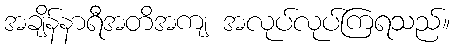
အချိန်နာရီအတိအကျ အလုပ်လုပ်ကြရသည်။